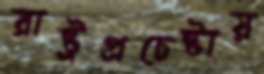
রাষ্ট্রপ্রচেষ্টায়